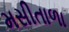
મસીતાળા